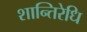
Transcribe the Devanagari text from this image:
शान्तिरेधि